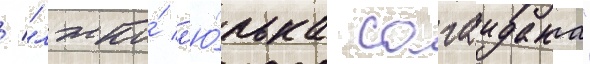
/ "лжко́ л'ю́лька сагаидака"